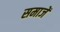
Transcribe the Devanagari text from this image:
समाजें